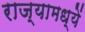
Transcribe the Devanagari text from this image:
राज्यामध्यें